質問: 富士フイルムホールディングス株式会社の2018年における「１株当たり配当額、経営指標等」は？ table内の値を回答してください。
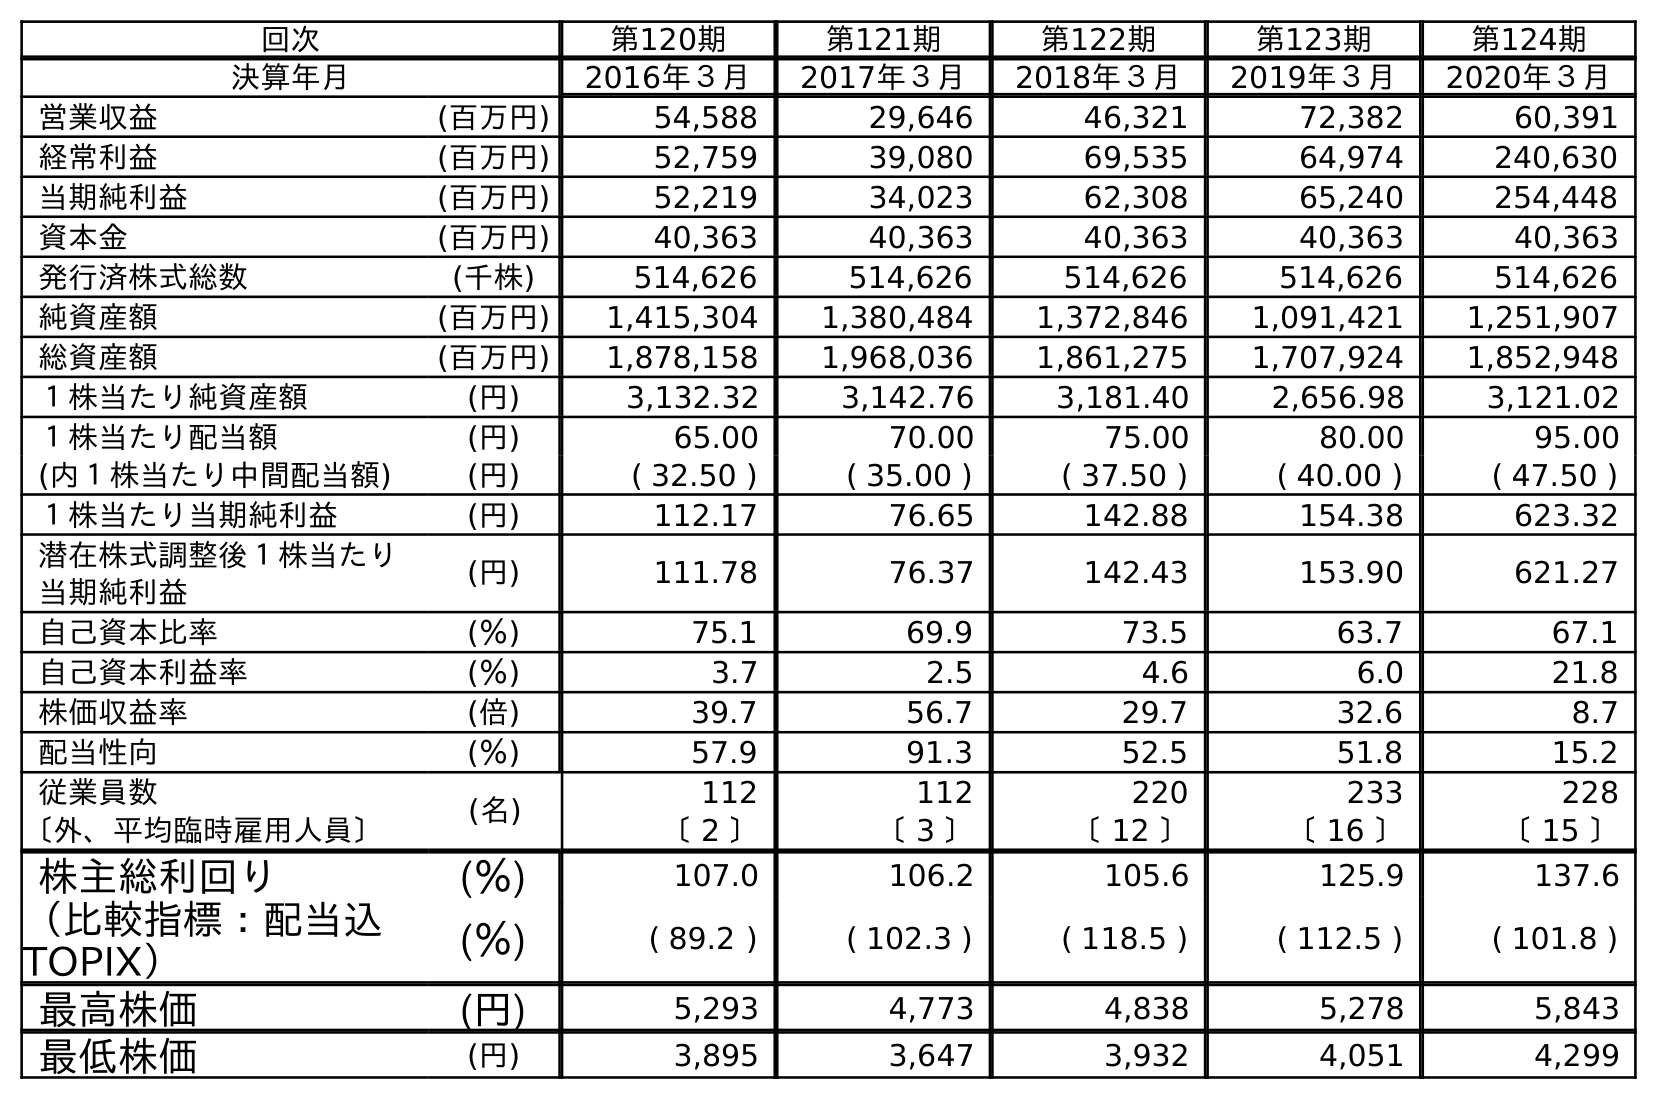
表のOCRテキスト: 回次 第120期 第121期 第122期 第123期 第124期 決算年月 2016年３月 2017年３月 2018年３月 2019年３月 2020年３月 営業収益 (百万円) 54,588 29,646 46,321 72,382 60,391 経常利益 (百万円) 52,759 39,080 69,535 64,974 240,630 当期純利益 (百万円) 52,219 34,023 62,308 65,240 254,448 資本金 (百万円) 40,363 40,363 40,363 40,363 40,363 発行済株式総数 (千株) 514,626 514,626 514,626 514,626 514,626 純資産額 (百万円) 1,415,304 1,380,484 1,372,846 1,091,421 1,251,907 総資産額 (百万円) 1,878,158 1,968,036 1,861,275 1,707,924 1,852,948 １株当たり純資産額 (円) 3,132.32 3,142.76 3,181.40 2,656.98 3,121.02 １株当たり配当額 (円) 65.00 70.00 75.00 80.00 95.00 (内１株当たり中間配当額) (円) ( 32.50 ) ( 35.00 ) ( 37.50 ) ( 40.00 ) ( 47.50 ) １株当たり当期純利益 (円) 112.17 76.65 142.88 154.38 623.32 潜在株式調整後１株当たり 当期純利益 (円) 111.78 76.37 142.43 153.90 621.27 自己資本比率 (％) 75.1 69.9 73.5 63.7 67.1 自己資本利益率 (％) 3.7 2.5 4.6 6.0 21.8 株価収益率 (倍) 39.7 56.7 29.7 32.6 8.7 配当性向 (％) 57.9 91.3 52.5 51.8 15.2 従業員数 (名) 112 112 220 233 228 〔外、平均臨時雇用人員〕 〔 2 〕 〔 3 〕 〔 12 〕 〔 16 〕 〔 15 〕 株主総利回り (％) 107.0 106.2 105.6 125.9 137.6 （比較指標：配当込 TOPIX） (％) ( 89.2 ) ( 102.3 ) ( 118.5 ) ( 112.5 ) ( 101.8 ) 最高株価 (円) 5,293 4,773 4,838 5,278 5,843 最低株価 (円) 3,895 3,647 3,932 4,051 4,299
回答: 75.00